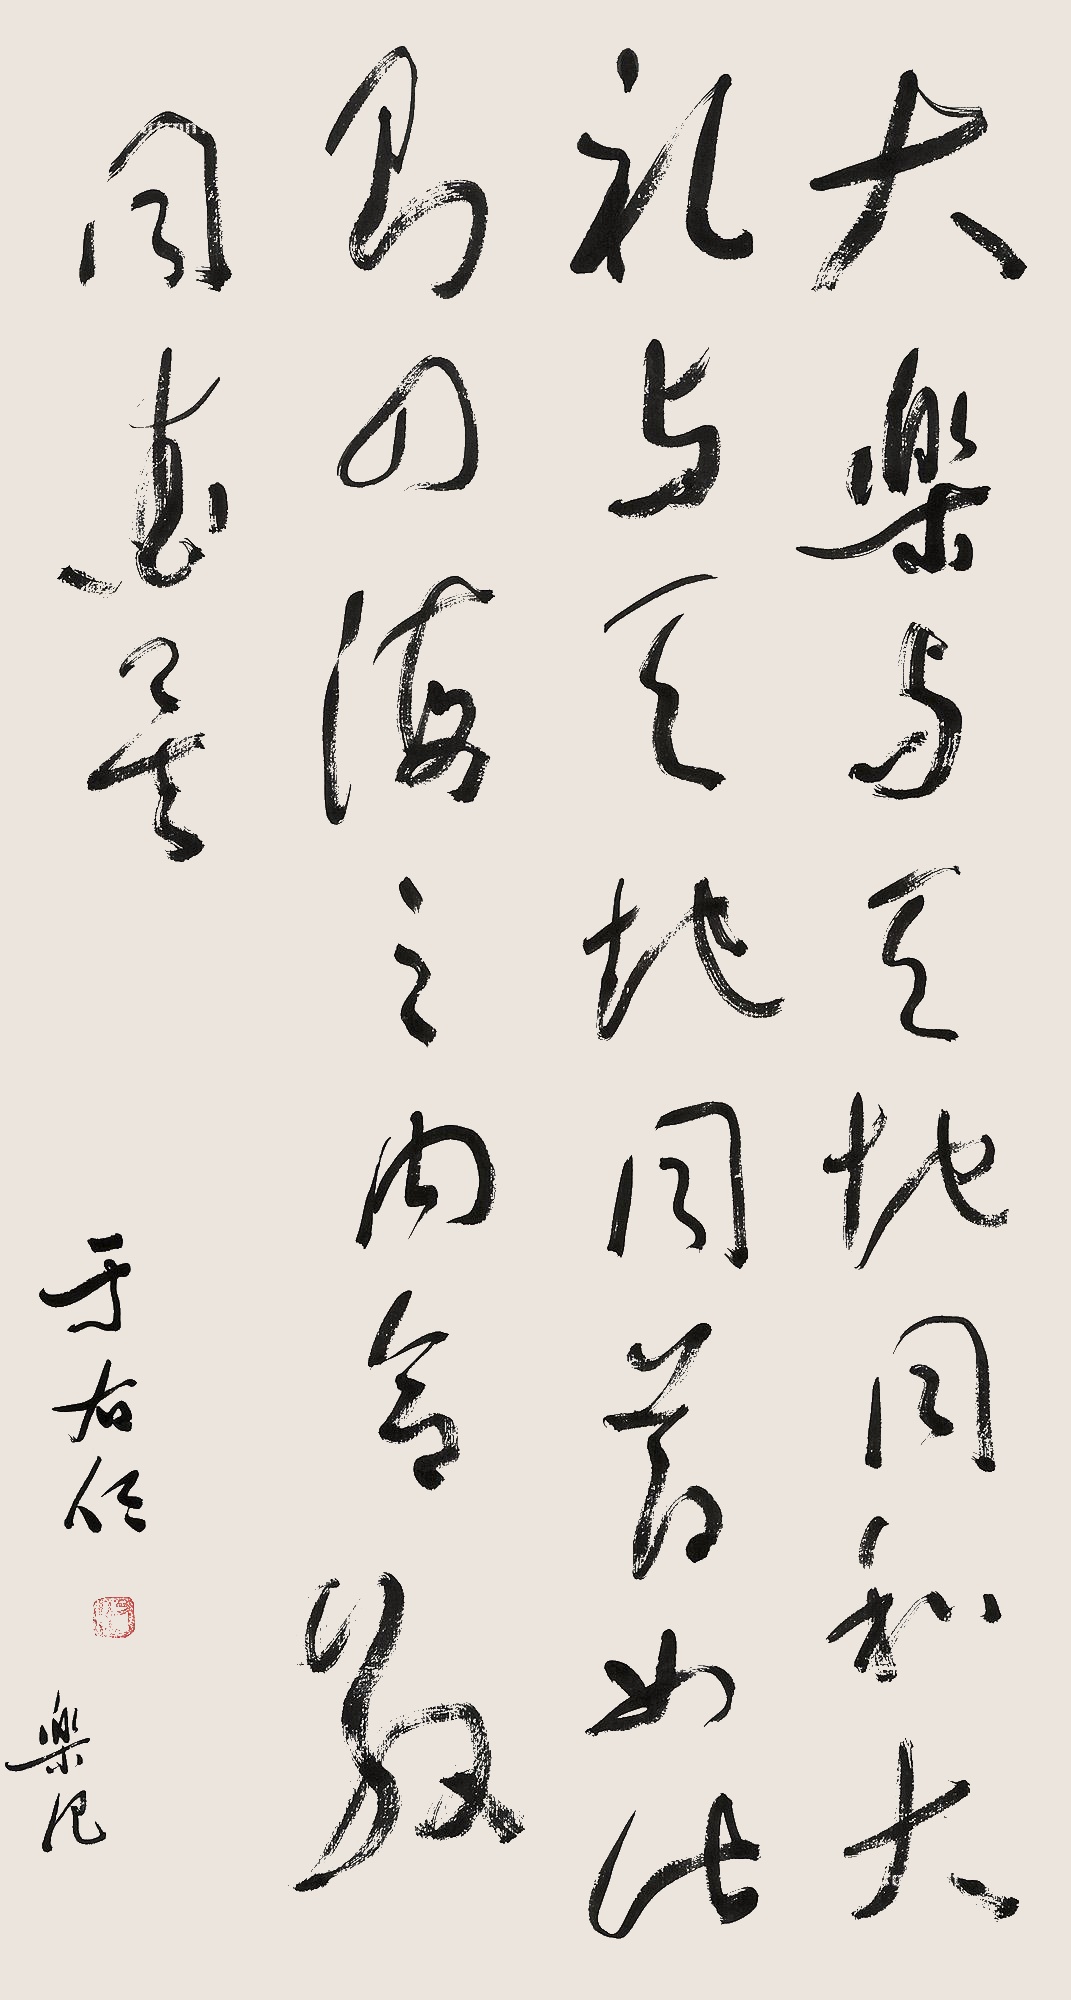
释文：大乐与天地同龢，大礼与天地同节。如此即四海之内令同春矣！于右任，乐作。